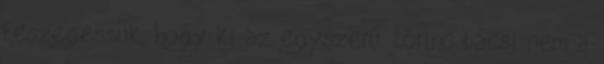
feszegessük, hogy ki az egyszerű. Lőrinc bácsi nem a